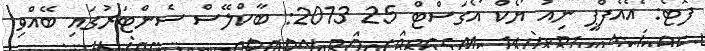
ފޮޓޯ: އޭއެފްޕީ ނިއު ޔޯކް އޯގަސްޓް 25 2013: ބާކްލޭސް ސެންޓަރުގައި ބޭއްވި